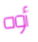
أوه